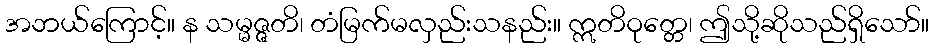
အဘယ်ကြောင့်။ န သမ္မဇ္ဇတိ၊ တံမြက်မလှည်းသနည်း။ ဣတိဝုတ္တေ၊ ဤသို့ဆိုသည်ရှိသော်။